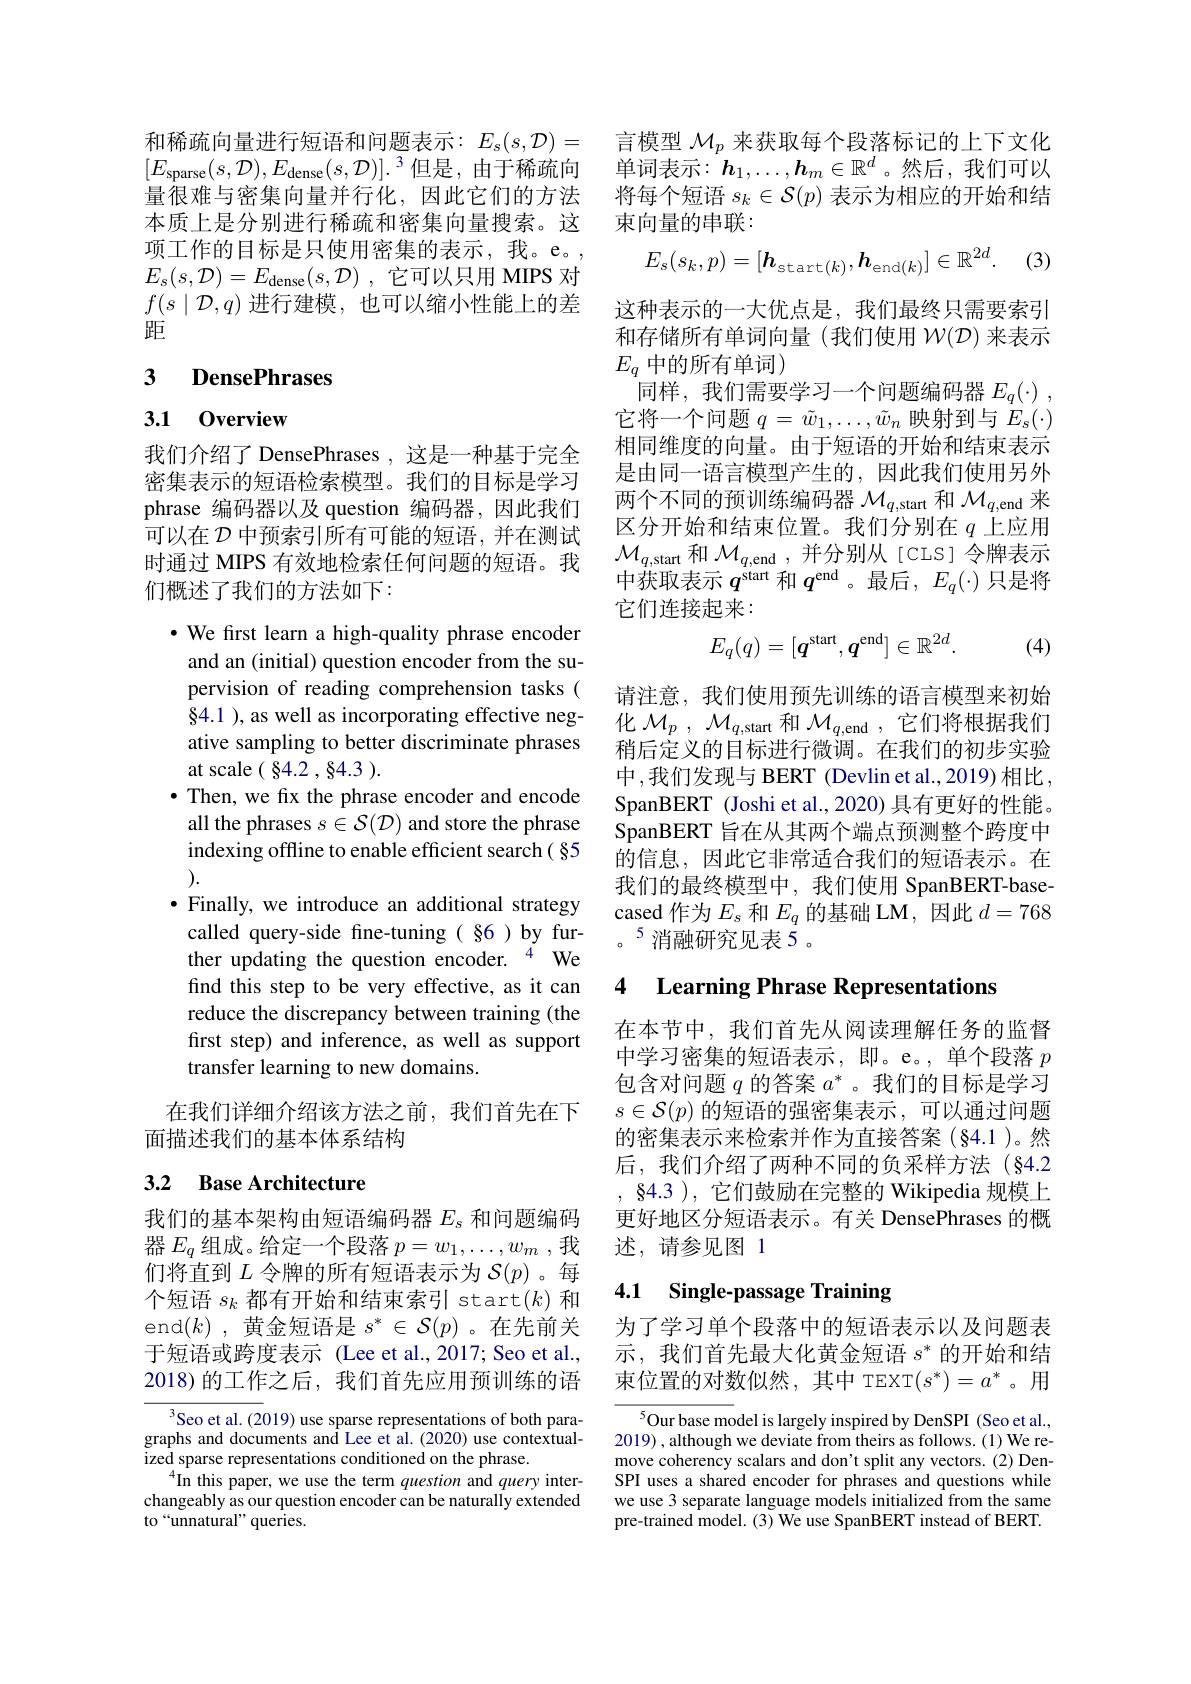
项工作的目标是只使用密集的表示，我。e。, $E_{s}( s, \mathcal{D} ) = E_{\mathrm{dense}}( s, \mathcal{D} )$ ,它可以只用 MIPS 对$f(s\mid\mathcal{D},q)$进行建模，也可以缩小性能上的差距

## 3 DensePhrases

# 3.1 0verview

我们介绍了 DensePhrases , 这是一种基于完全密集表示的短语检索模型。我们的目标是学习phrase 编码器以及 question 编码器，因此我们可以在$\mathcal{D}$中预索引所有可能的短语，并在测试时通过 MIPS 有效地检索任何问题的短语。我们概述了我们的方法如下：

·We first learn a high-quality phrase encoder and an (initial) question encoder from the supervision of reading comprehension tasks ( $\S4.1$ ), as well as incorporating effective negative sampling to better discriminate phrases at scale ( $\S 4. 2$ , $\S 4. 3$ ).
$\bullet$ Then, we fix the phrase encoder and encode all the phrases $s\in\mathcal{S}(\mathcal{D})$ and store the phrase indexing offline to enable efficient search( §5 ).
·Finally, we introduce an additional strategy
called query-side fine-tuning( §6 ) by further updating the question encoder. $^{4}$ We find this step to be very effective, as it can reduce the discrepancy between training (the first step) and inference, as well as support transfer learning to new domains.
在我们详细介绍该方法之前，我们首先在下

面描述我们的基本体系结构

## 3.2 Base Architecture

我们的基本架构由短语编码器$E_\mathrm{s}$和问题编码器$E_q$组成。给定一个段落$p=w_1,\ldots,w_m$ ,我们将直到$L$令牌的所有短语表示为$\mathcal{S}(p)$。每个短语$s_k$都有开始和结束索引 start$(k)$和end$(k)$,黄金短语是$s^*\in\mathcal{S}(p)$。在先前关于短语或跨度表示 (Lee et al.,2017; Seo et al., 2018)的工作之后，我们首先应用预训练的语

Seo et al. (2019) use sparse representations of both paragraphs and documents and Lee et al.(2020) use contextualized sparse representations conditioned on the phrase.
$^{4}$In this paper, we use the term question and query interchangeably as our question encoder can be naturally extended to“unnatural” queries.

和稀疏向量进行短语和问题表示：$E_s( s, \mathcal{D} ) =$ 言模型 $\mathcal{M}_p$ 来获取每个段落标记的上下文化$[ E_{\mathrm{sparse}}( s, \mathcal{D} ) , E_{\mathrm{dense}}( s, \mathcal{D} ) ] . ^3$但是，由于稀疏向 单词表示：$\boldsymbol h_1,\ldots,\boldsymbol h_m\in\mathbb{R}^d$。然后，我们可以量很难与密集向量并行化，因此它们的方法 将每个短语$s_k\in\mathcal{S}(p)$表示为相应的开始和结本质上是分别进行稀疏和密集向量搜索。这 束向量的串联：

(3)
$$E_s(s_k,p)=[\boldsymbol{h}_{\text{start}(k)},\boldsymbol{h}_{\text{end}(k)}]\in\mathbb{R}^{2d}.$$
这种表示的一大优点是，我们最终只需要索引和存储所有单词向量(我们使用$\mathcal{W}(\mathcal{D})$来表示$E_q$ 中的所有单词)
同样，我们需要学习一个问题编码器$E_q( \cdot )$ , 它将一个问题$q=\tilde{w}_1,\ldots,\tilde{w}_n$映射到与$E_s(\cdot)$ 相同维度的向量。由于短语的开始和结束表示是由同一语言模型产生的，因此我们使用另外两个不同的预训练编码器$\mathcal{M}_{q,\text{start 和 }}\mathcal{M}_{q,\text{end 来}}$ 区分开始和结束位置。我们分别在$q$上应用$\mathcal{M}_{q,\mathrm{start}}$和$\mathcal{M} _q$,end ,并分别从[CLS]令牌表示中获取表示$q^\mathrm{start}$和$q^\mathrm{end}$ 。最后，$E_q(\cdot)$只是将它们连接起来：
$$E_q(q)=[\boldsymbol{q^\mathrm{start}},\boldsymbol{q^\mathrm{end}}]\in\mathbb{R}^{2d}.$$
(4)

请注意，我们使用预先训练的语言模型来初始化$\mathcal{M} _p$ , $\mathcal{M} _{q, \mathrm{start}}$和$\mathcal{M} _q$,end ,它们将根据我们稍后定义的目标进行微调。在我们的初步实验中，我们发现与 BERT (Devlin et al.,2019)相比， SpanBERT (Joshi et al., 2020) 具有更好的性能。SpanBERT 旨在从其两个端点预测整个跨度中的信息，因此它非常适合我们的短语表示。在我们的最终模型中，我们使用 SpanBERT-basecased 作为$E_\mathrm{s}$和$E_q$的基础 LM,因此$d=768$ 。消融研究见表 5 。

# 4 Learning Phrase Representations

在本节中，我们首先从阅读理解任务的监督中学习密集的短语表示，即。e。,单个段落$p$ 包含对问题$q$的答案$a^*$ 。我们的目标是学习$s\in\mathcal{S}(p)$的短语的强密集表示，可以通过问题的密集表示来检索并作为直接答案(§4.1)。然后，我们介绍了两种不同的负采样方法(§4.2 , $\S 4. 3$ ), 它们鼓励在完整的 Wikipedia 规模上更好地区分短语表示。有关 DensePhrases 的概述，请参见图 1

## 4.1 Single-passage Training

为了学习单个段落中的短语表示以及问题表示，我们首先最大化黄金短语$s^*$的开始和结束位置的对数似然，其中 TEXT$(s^*)=a^*$。用

$^{5}$Our base model is largely inspired by DenSPI (Seo et al., 2019) , although we deviate from theirs as follows. (1) We remove coherency scalars and don't split any vectors. (2) DenSPI uses a shared encoder for phrases and questions while we use 3 separate language models initialized from the same pre-trained model. (3) We use SpanBERT instead of BERT.